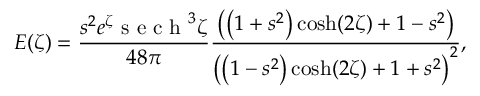
E ( \zeta ) = \frac { s ^ { 2 } e ^ { \zeta } \mathrm { ~ s ~ e ~ c ~ h ~ } ^ { 3 } \zeta } { 4 8 \pi } \frac { \left( \left( 1 + s ^ { 2 } \right) \cosh ( 2 \zeta ) + 1 - s ^ { 2 } \right) } { \left( \left( 1 - s ^ { 2 } \right) \cosh ( 2 \zeta ) + 1 + s ^ { 2 } \right) ^ { 2 } } ,